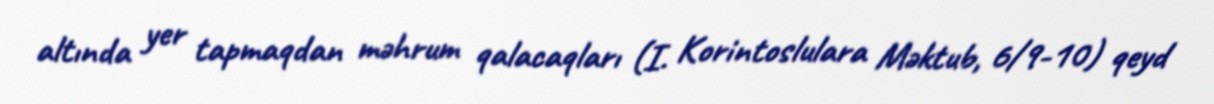
altında yer tapmaqdan məhrum qalacaqları (I. Korintoslulara Məktub, 6/9-10) qeyd